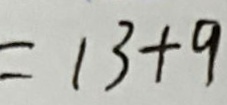
= 1 3 + 9